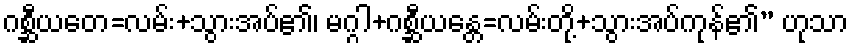
ဂစ္ဆီယတေ=လမ်း+သွားအပ်၏၊ မဂ္ဂါ+ဂစ္ဆီယန္တေ=လမ်းတို့+သွားအပ်ကုန်၏” ဟုသာ